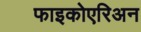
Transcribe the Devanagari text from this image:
फाइकोएरिअन